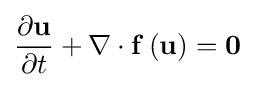
{\frac {\partial \mathbf {u} }{\partial t}}+\nabla \cdot {\mathbf {f} }\left({\mathbf {u} }\right)={\mathbf {0} }